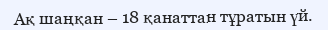
Ақ шаңқан – 18 қанаттан тұратын үй.